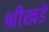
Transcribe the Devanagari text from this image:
श्रीखडें